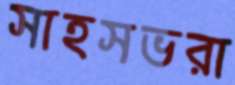
সাহসভরা